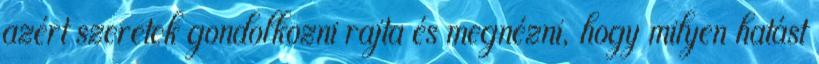
azért szeretek gondolkozni rajta és megnézni, hogy milyen hatást